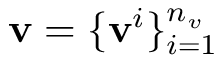
\mathbf { v } = \{ \mathbf { v } ^ { i } \} _ { i = 1 } ^ { n _ { v } }